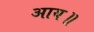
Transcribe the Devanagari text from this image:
आय॥